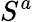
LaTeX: S^{a}